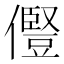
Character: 𠐊